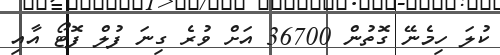
ކުލަ ހިމެނޭ ގޮތުން 36700 އަށް ވުރެ ގިނަ ފުލް ފޮޓޯ އާއި